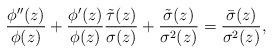
LaTeX: \begin{align*} \frac{\phi''(z)}{\phi(z)} + \frac{\phi'(z)}{\phi(z)} \frac{\tilde{\tau}(z)}{\sigma(z)} + \frac{\tilde{\sigma}(z)}{\sigma^2(z)} = \frac{\bar{\sigma}(z)}{\sigma^2(z)}, \end{align*}